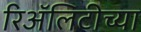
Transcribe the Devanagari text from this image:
रिॲलिटीच्या